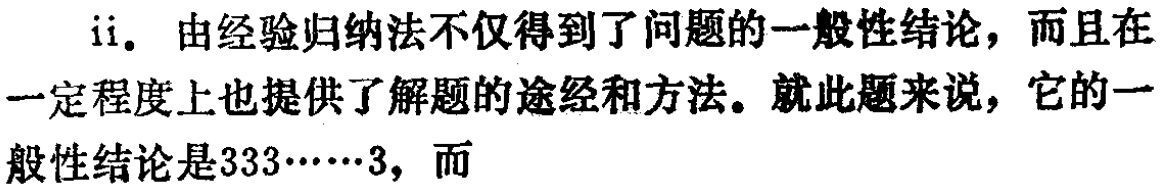
ii. 由经验归纳法不仅得到了问题的一般性结论，而且在一定程度上也提供了解题的途经和方法。就此题来说，它的一般性结论是333……3，而